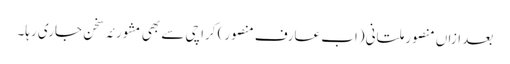
بعد ازاں منصور ملتانی (اب عارف منصور) کراچی سے بھی مشورئہ سخن جاری رہا۔